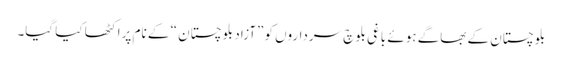
بلوچستان کے بھاگے ہوئے باغی بلوچ سرداروں کو ”آزاد بلوچستان “ کے نام پراکٹھا کیا گیا۔